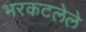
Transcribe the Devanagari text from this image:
भरकटलेले